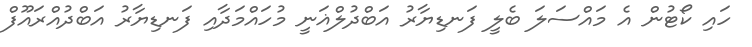
ހައި ކޯޓުން އެ މައްސަލަ ބެލީ ފަނޑިޔާރު އަބްދުލްޣަނީ މުހައްމަދާއި ފަނޑިޔާރު އަބްދުއްރައޫފް